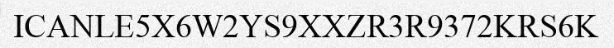
ICANLE5X6W2YS9XXZR3R9372KRS6K